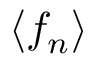
\langle f _ { n } \rangle